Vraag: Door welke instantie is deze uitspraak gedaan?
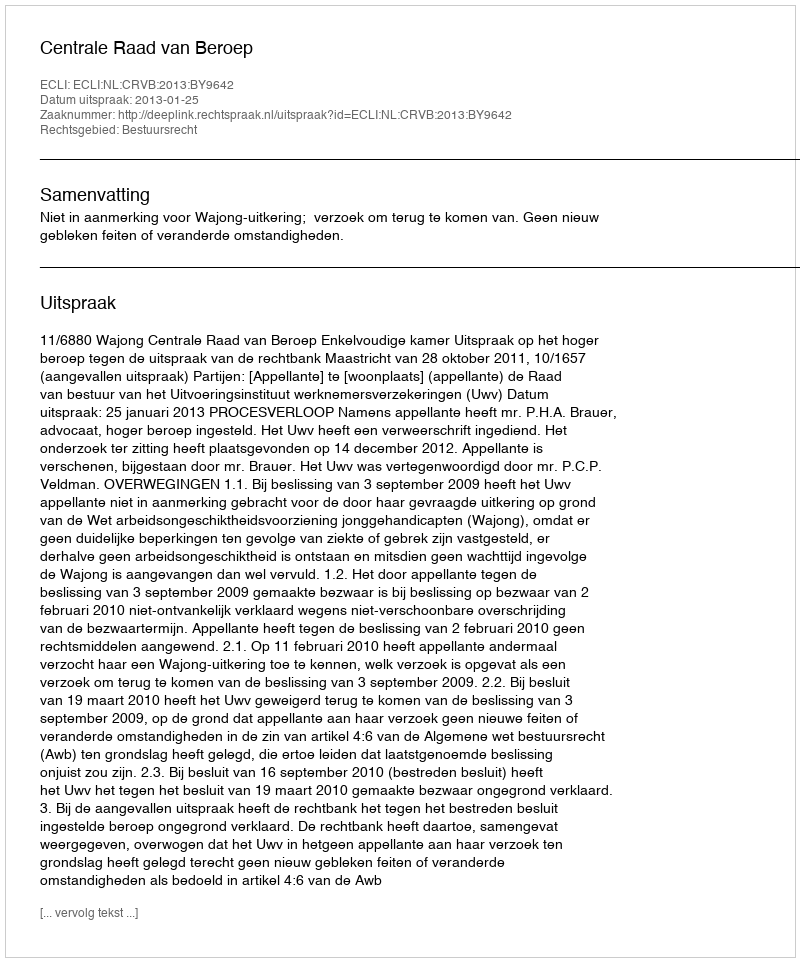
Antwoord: Centrale Raad van Beroep